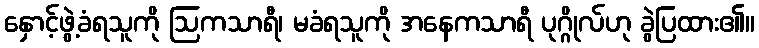
နှောင့်ဖွဲ့ခံရသူကို ဩကသာရီ၊ မခံရသူကို အနေကသာရီ ပုဂ္ဂိုလ်ဟု ခွဲပြထား၏။